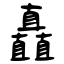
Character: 矗